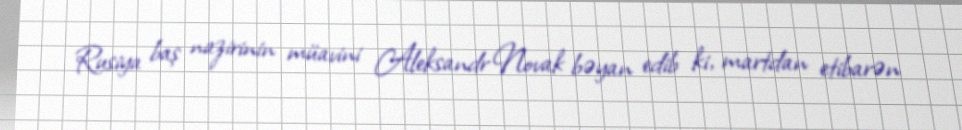
Rusiya baş nazirinin müavini Aleksandr Novak bəyan edib ki, martdan etibarən